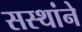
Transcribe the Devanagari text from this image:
सस्थांने